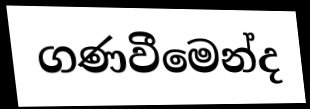
ගණවීමෙන්ද